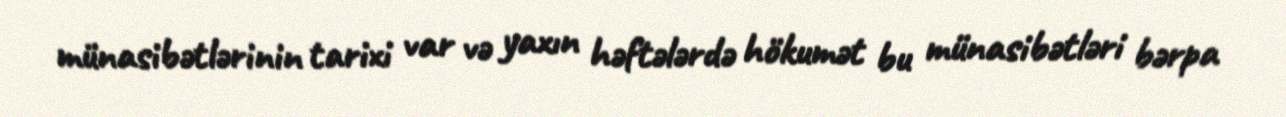
münasibətlərinin tarixi var və yaxın həftələrdə hökumət bu münasibətləri bərpa